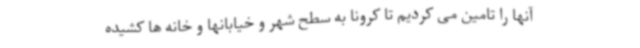
آنها را تامین می کردیم تا کرونا به سطح شهر و خیابانها و خانه ها کشیده